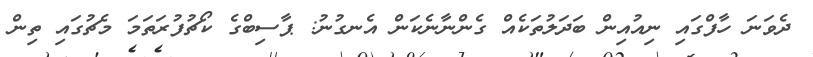
ދެވަނަ ހާފްގައި ނިއުއިން ބަދަލުތަކެއް ގެންނާނެކަން އެނގުނު: ޕާސިބްގެ ކޯޗުފުރަތަމަ މެޗުގައި ތިން